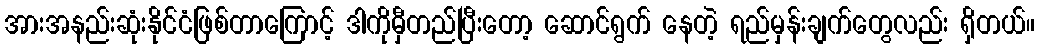
အားအနည်းဆုံးနိုင်ငံဖြစ်တာကြောင့် ဒါကိုမှီတည်ပြီးတော့ ဆောင်ရွက် နေတဲ့ ရည်မှန်းချက်တွေလည်း ရှိတယ်။